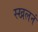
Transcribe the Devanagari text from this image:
स्खलनं